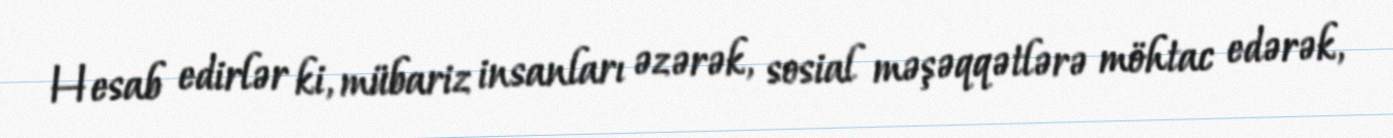
Hesab edirlər ki, mübariz insanları əzərək, sosial məşəqqətlərə möhtac edərək,